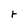
Character: r